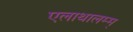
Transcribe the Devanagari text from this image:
एलाथालम्म्